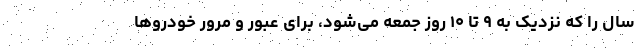
سال را که نزدیک به ۹ تا ۱۰ روزِ جمعه می‌شود، برای عبور و مرور خودروها